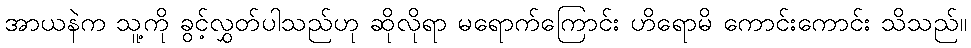
အာယနဲက သူ့ကို ခွင့်လွှတ်ပါသည်ဟု ဆိုလိုရာ မရောက်ကြောင်း ဟိရောမိ ကောင်းကောင်း သိသည်။